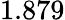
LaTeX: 1.879